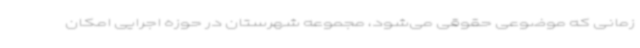
زمانی که موضوعی حقوقی می‌شود، مجموعه شهرستان در حوزه‌ اجرایی امکان